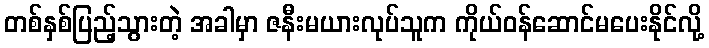
တစ်နှစ်ပြည့်သွားတဲ့ အခါမှာ ဇနီးမယားလုပ်သူက ကိုယ်ဝန်ဆောင်မပေးနိုင်လို့